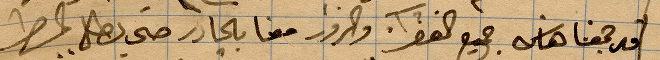
قد جمعنا هاس جميع القرا والزوار معنا بالجادر حتى يطلع المطر